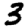
Digit: 3